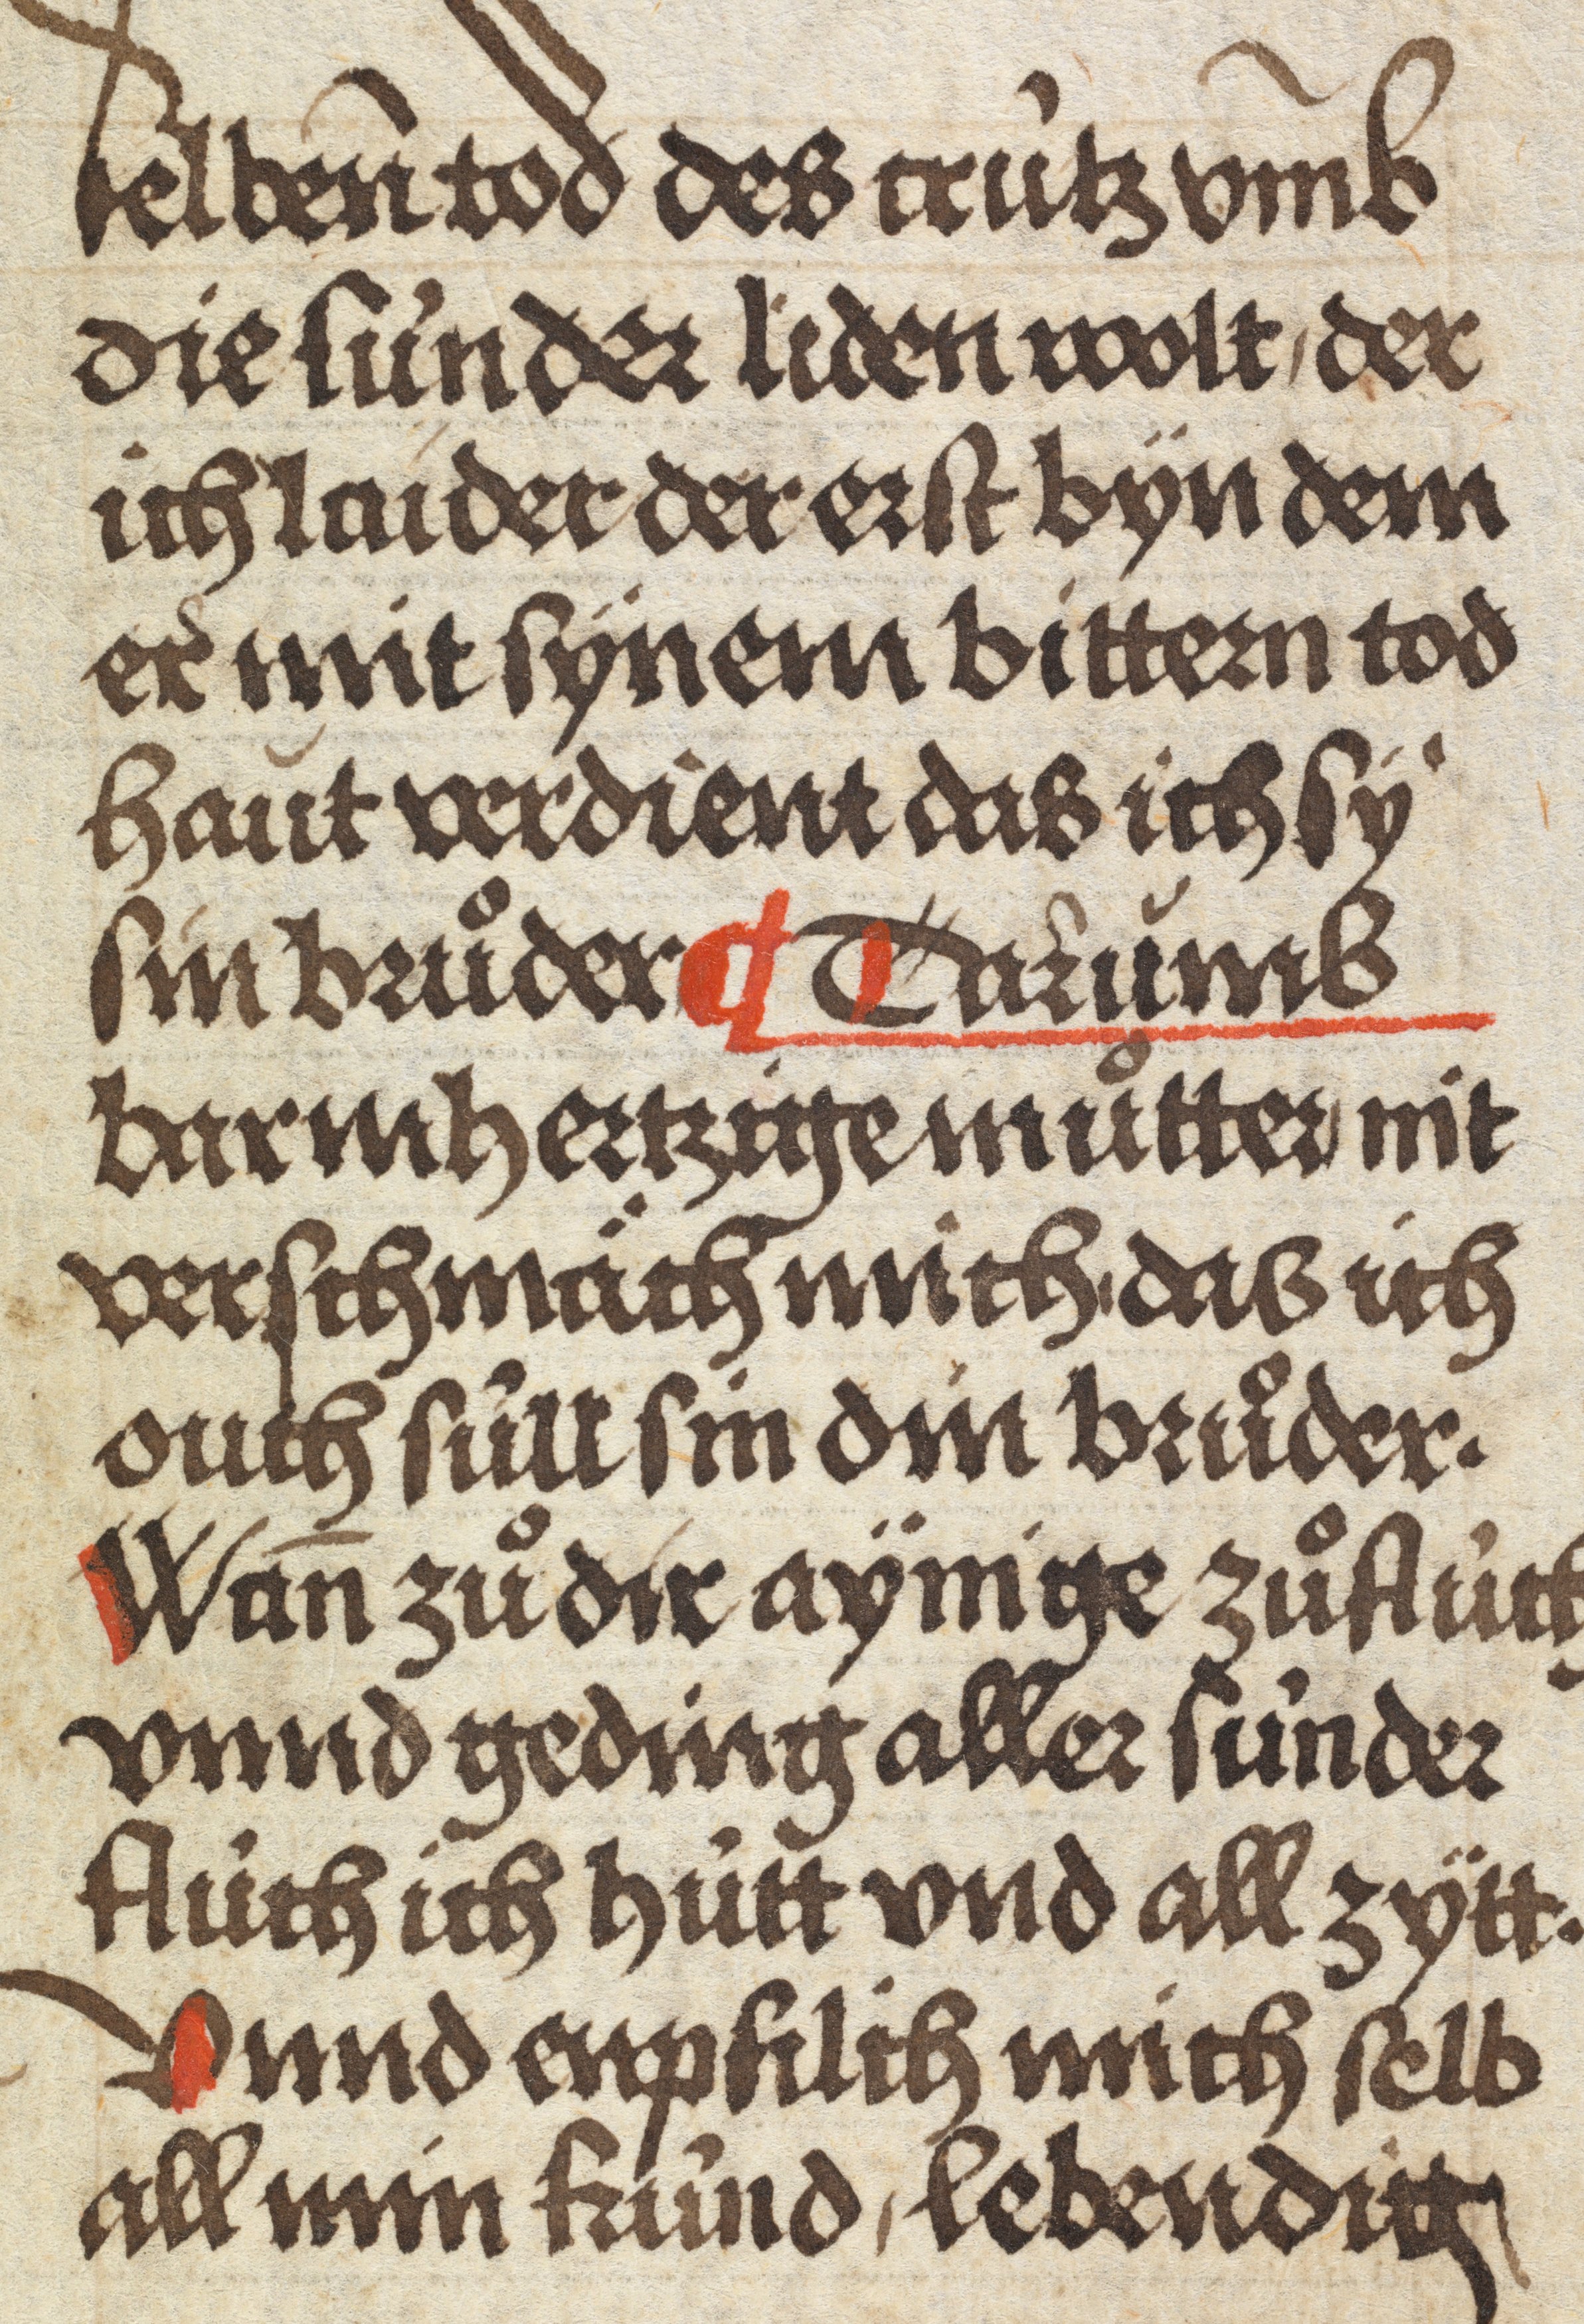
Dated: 1484–1485